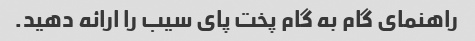
راهنمای گام به گام پخت پای سیب را ارائه دهید.